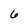
Character: 6